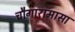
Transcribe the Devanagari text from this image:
चौगारामासा